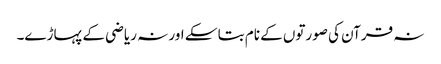
نہ قرآن کی صورتوں کے نام بتا سکے اور نہ ریاضی کے پہاڑے۔